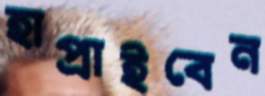
হাপ্‌রাইবেন